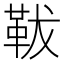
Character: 𩊊